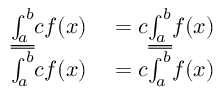
\begin{array} { r l } { { \underline { { \int _ { a } ^ { b } } } } c f ( x ) } & { { } = c { \underline { { \int _ { a } ^ { b } } } } f ( x ) } \\ { { \overline { { \int _ { a } ^ { b } } } } c f ( x ) } & { { } = c { \overline { { \int _ { a } ^ { b } } } } f ( x ) } \end{array}